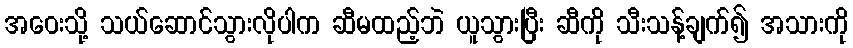
အဝေးသို့ သယ်ဆောင်သွားလိုပါက ဆီမထည့်ဘဲ ယူသွားပြီး ဆီကို သီးသန့်ချက်၍ အသားကို